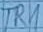
Text: TR1